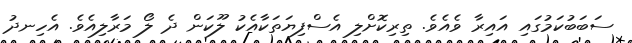
ސަބަބުކަމުގައި އައިރާ ވެއެވެ. ތިރިކޮށްލި އެސްފިޔަތަކާއެކު ލޫކަން ދެ ލޯ މަރާލިއެވެ. އެހިނދު